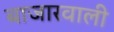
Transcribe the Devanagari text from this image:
बाजारवाली